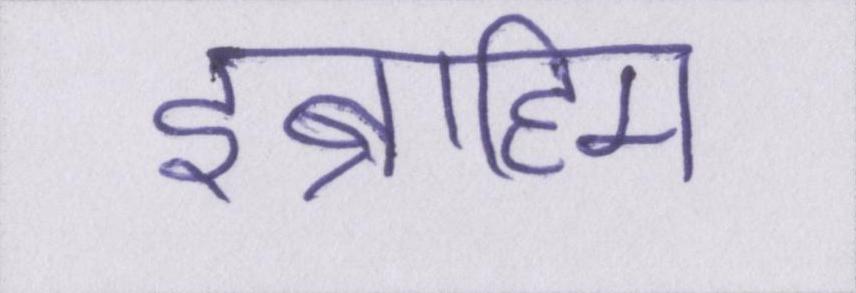
इब्राहिम